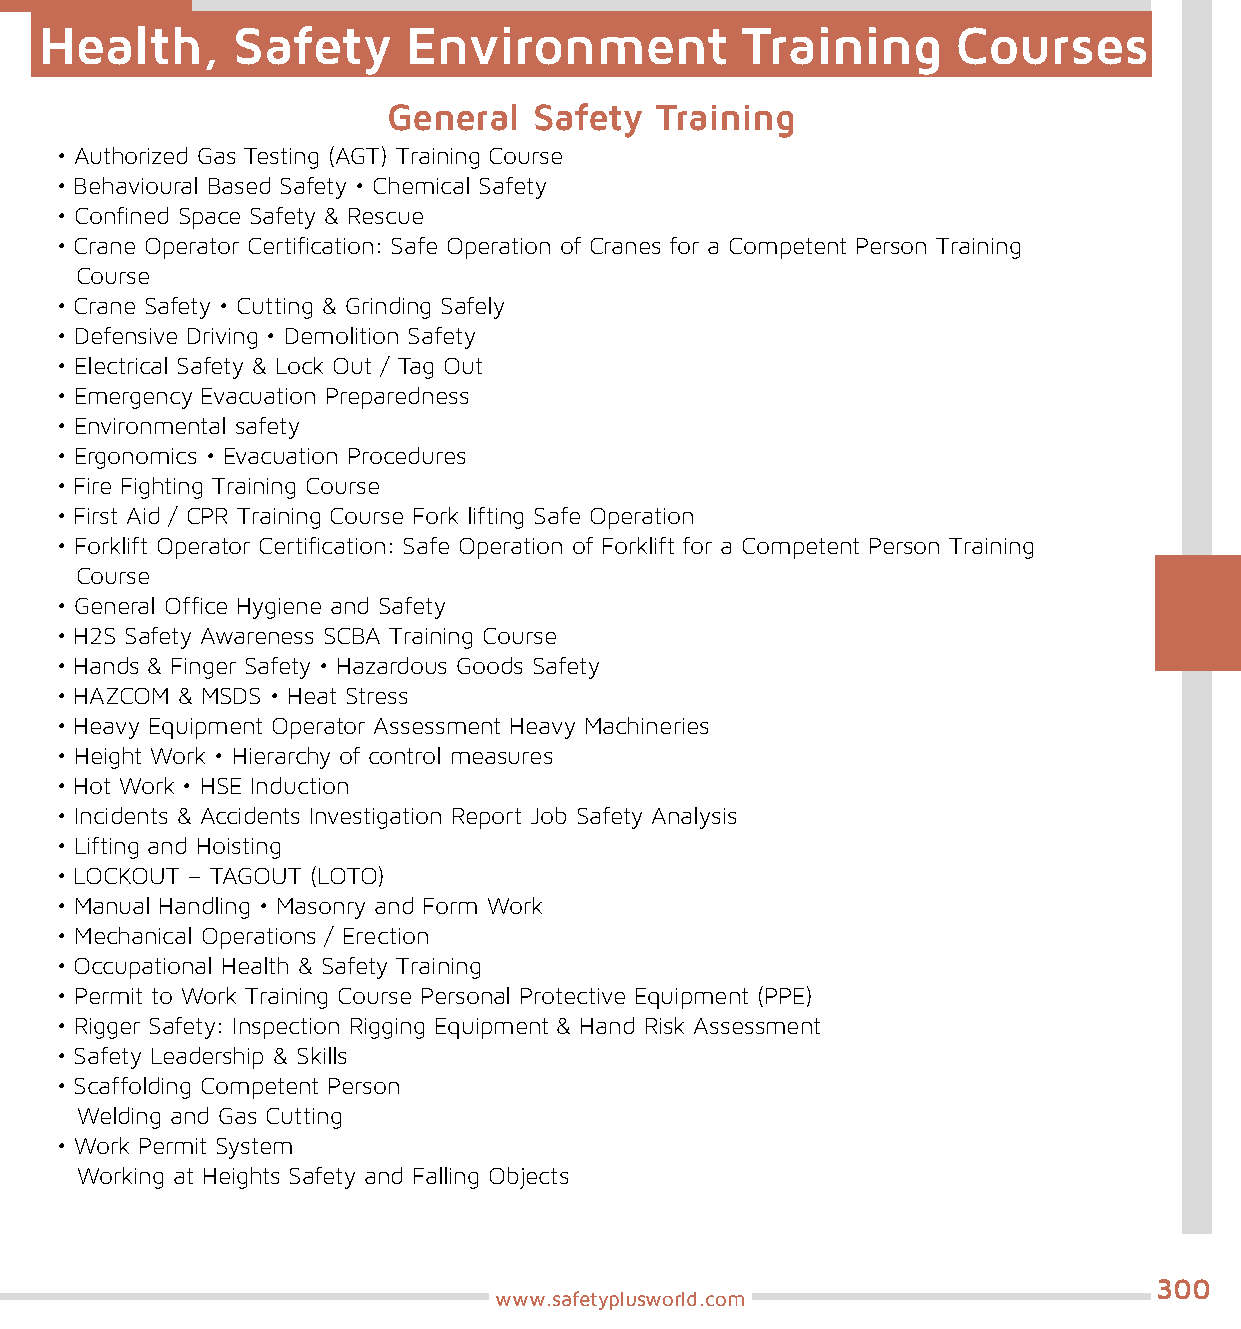
Health,     Safety      Environment           Training      Courses
 General  Safety  Training
 • Authorized Gas Testing (AGT) Training Course
 • Behavioural Based Safety • Chemical Safety
 • Confined Space Safety & Rescue
 • Crane Operator Certification: Safe Operation of Cranes for a Competent Person Training
 Course
 • Crane Safety • Cutting & Grinding Safely
 • Defensive Driving • Demolition Safety
 • Electrical Safety & Lock Out / Tag Out
 • Emergency Evacuation Preparedness
 • Environmental safety
 • Ergonomics • Evacuation Procedures
 • Fire Fighting Training Course
 • First Aid / CPR Training Course Fork lifting Safe Operation
 • Forklift Operator Certification: Safe Operation of Forklift for a Competent Person Training
 Course
 • General Office Hygiene and Safety
 • H2S Safety Awareness SCBA Training Course
 • Hands & Finger Safety • Hazardous Goods Safety
 • HAZCOM & MSDS • Heat Stress
 • Heavy Equipment Operator Assessment Heavy Machineries
 • Height Work • Hierarchy of control measures
 • Hot Work • HSE Induction
 • Incidents & Accidents Investigation Report Job Safety Analysis
 • Lifting and Hoisting
 • LOCKOUT – TAGOUT (LOTO)
 • Manual Handling • Masonry and Form Work
 • Mechanical Operations / Erection
 • Occupational Health & Safety Training
 • Permit to Work Training Course Personal Protective Equipment (PPE)
 • Rigger Safety: Inspection Rigging Equipment & Hand Risk Assessment
 • Safety Leadership & Skills
 • Scaffolding Competent Person
 Welding and Gas Cutting
 • Work Permit System
 Working at Heights Safety and Falling Objects
 300
 www.safetyplusworld.com